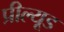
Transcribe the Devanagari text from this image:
प्रील्यूड